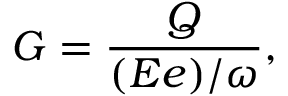
G = \frac { Q } { ( E e ) / \omega } ,